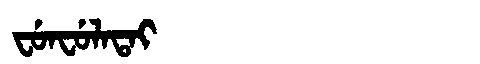
Manchu: ᠸᡠᠨᠸᡠᠯᠠᡨᠠᡳ
Romanization: FUNFULATAI